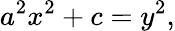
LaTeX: a^{2}x^{2}+c=y^{2},